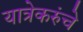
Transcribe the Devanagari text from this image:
यात्रेकरुंचे